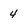
Character: 4